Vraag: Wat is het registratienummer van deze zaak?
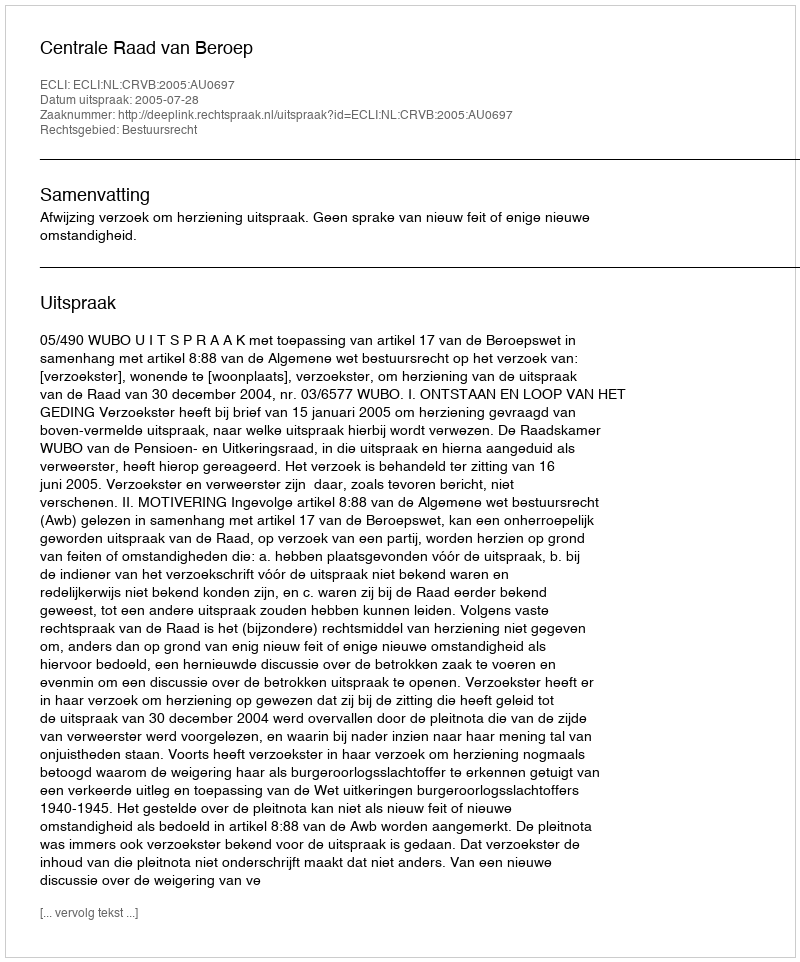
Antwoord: http://deeplink.rechtspraak.nl/uitspraak?id=ECLI:NL:CRVB:2005:AU0697